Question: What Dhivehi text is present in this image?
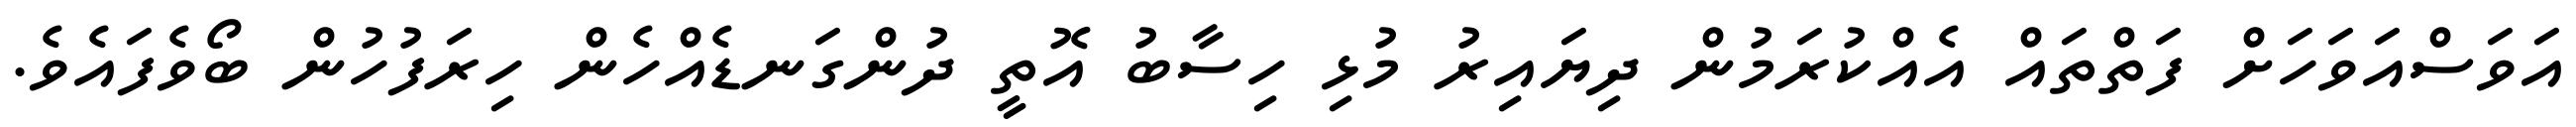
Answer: އަވަސްއަވަހަށް ފަތްތައް އެއްކުރަމުން ދިޔައިރު މުޅި ހިސާބު އޮތީ ދުންގަނޑެއްހެން ހިރަފުހުން ބޯވެފައެވެ.